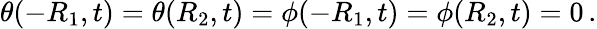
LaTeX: \theta(-R_{1},t)=\theta(R_{2},t)=\phi(-R_{1},t)=\phi(R_{2},t)=0\, .